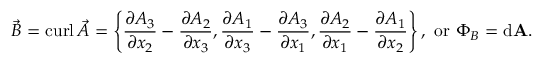
{ \vec { B } } = \operatorname { c u r l } { \vec { A } } = \left\{ { \frac { \partial A _ { 3 } } { \partial x _ { 2 } } } - { \frac { \partial A _ { 2 } } { \partial x _ { 3 } } } , { \frac { \partial A _ { 1 } } { \partial x _ { 3 } } } - { \frac { \partial A _ { 3 } } { \partial x _ { 1 } } } , { \frac { \partial A _ { 2 } } { \partial x _ { 1 } } } - { \frac { \partial A _ { 1 } } { \partial x _ { 2 } } } \right\} , { \mathrm { ~ o r ~ } } \Phi _ { B } = \mathrm { { d } } \mathbf { A } .